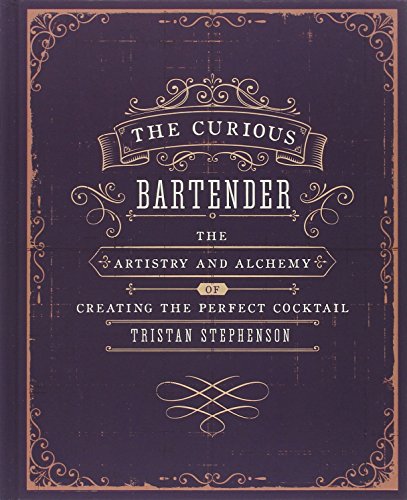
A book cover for The Curious Bartender: The Artistry and Alchemy of Creating the Perfect Cocktail; Tristan Stephenson; Cookbooks, Food & Wine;